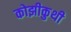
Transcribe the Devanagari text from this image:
कोझीकुथी